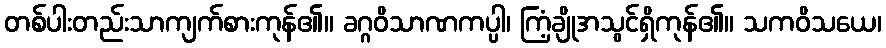
တစ်ပါးတည်းသာကျက်စားကုန်၏။ ခဂ္ဂဝိသာဏကပ္ပါ၊ ကြံ့ချိုအသွင်ရှိကုန်၏။ သကဝိသယေ၊